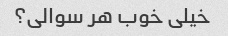
خیلی خوب هر سوالی؟